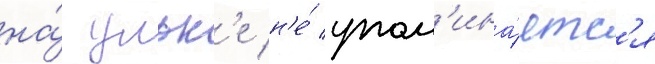
на́ ульк'е н'е́ упом'ина́етс'я